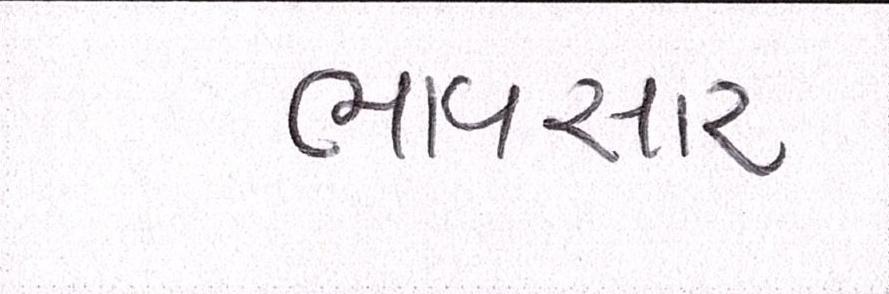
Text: ભાવસારઃ